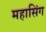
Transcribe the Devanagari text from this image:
महासिंग